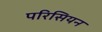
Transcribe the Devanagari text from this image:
परिसियन